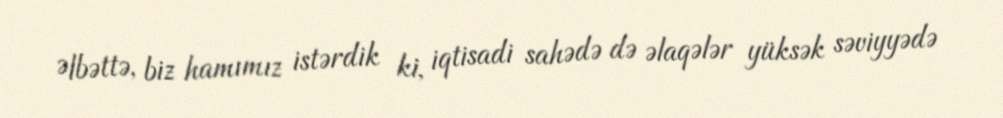
Əlbəttə, biz hamımız istərdik ki, iqtisadi sahədə də əlaqələr yüksək səviyyədə